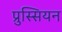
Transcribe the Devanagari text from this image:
प्रुस्सियन